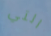
التي